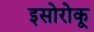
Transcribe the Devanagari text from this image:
इसोरोकू